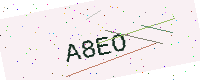
Text: A8EO